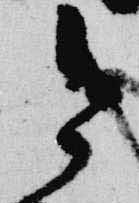
今